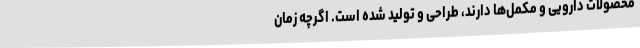
محصولات دارویی و مکمل‌ها دارند، طراحی و تولید شده است. اگرچه زمان